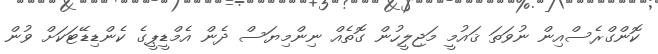
ކޮންގްރެސްއިން ނުވަތަ ޤައުމީ މަޖިލީހުން ގޮތެއް ނިންމިޔަސް ދެން އެމްޑީޕީގެ ކެންޑިޑޭޓަކަށް ވުން